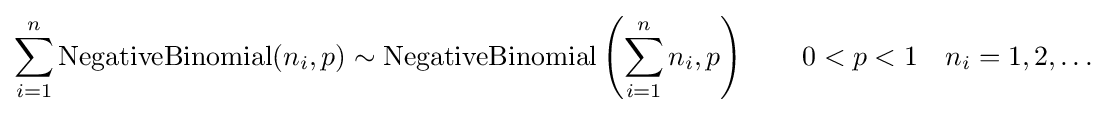
\sum _{i=1}^{n}\mathrm {NegativeBinomial} (n_{i},p)\sim \mathrm {NegativeBinomial} \left(\sum _{i=1}^{n}n_{i},p\right)\qquad 0<p<1\quad n_{i}=1,2,\dots